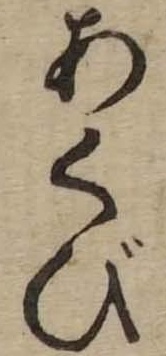
あくび